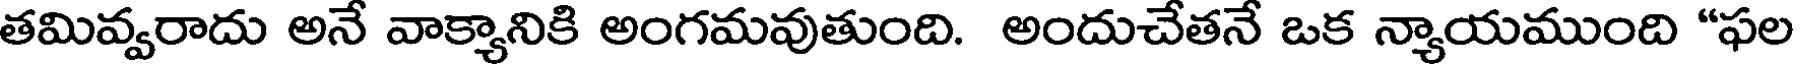
తమివ్వరాదు అనే వాక్యానికి అంగమవుతుంది. అందుచేతనే ఒక న్యాయముంది "ఫల